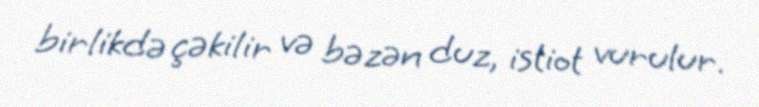
birlikdə çəkilir və bəzən duz, istiot vurulur.